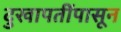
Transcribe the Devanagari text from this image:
दुखापतींपासून